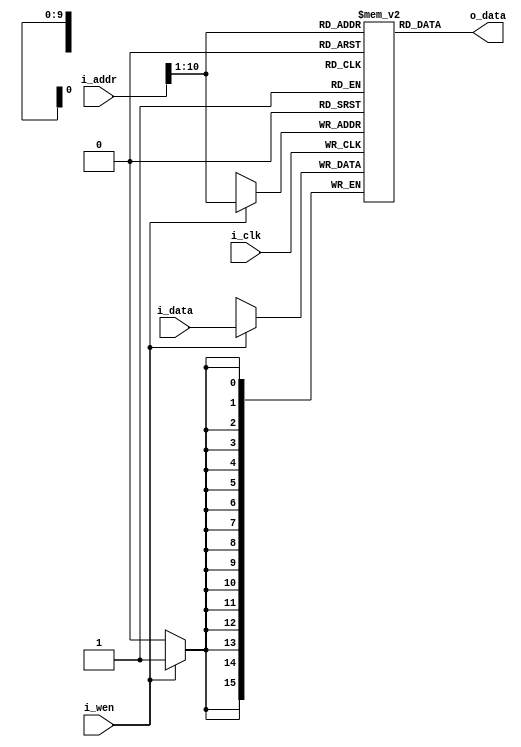
module Z16DataMemory(
  input  wire           i_clk,
  input  wire   [15:0]  i_addr,
  input  wire           i_wen,
  input  wire   [15:0]  i_data,
  output wire   [15:0]  o_data
);

  reg [15:0] mem[1023:0];

    // Load
  assign o_data = mem[i_addr[10:1]];

  always @(posedge i_clk) begin
    // Store
    if(i_wen) begin
      mem[i_addr[10:1]] <= i_data;
    end
  end

endmodule